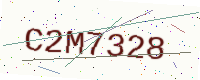
Text: C2M7328